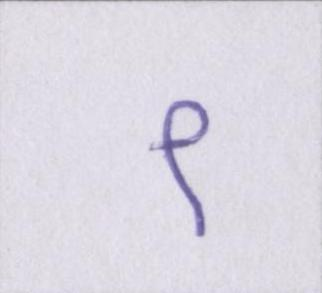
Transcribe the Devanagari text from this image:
९